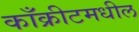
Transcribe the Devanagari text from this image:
काँक्रीटमधील